Report on lock hospitals in British Burma
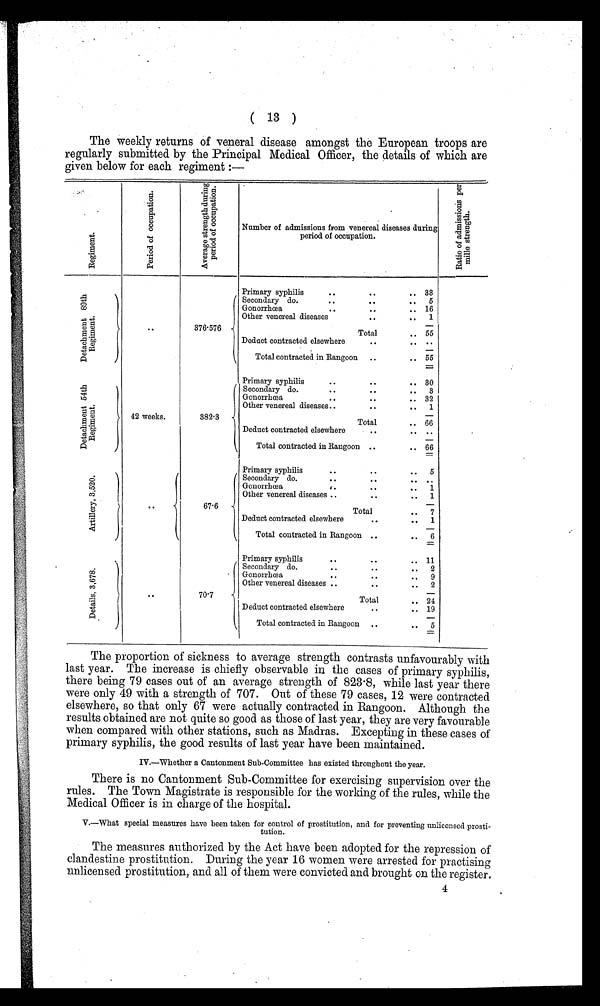
( 13 )
The weekly returns of veneral disease amongst the European troops are
regularly submitted by the Principal Medical Officer, the details of which are
given below for each regiment :—
R e g i m e n t .
P e r i o d o f o c c u p a t i o n .
A v e r a g e s t r e n g t h d u r i n g p e r i o d o f o c c u p a t i o n .
Number of admissions from venereal diseases during
period of occupation.
R a t i o o f a d m i s s i o n p e r m i l l e s t r e n g t h .
D e t a c h m e n t 8 9 t h R e g i m e n t .
. . 376.576
Primary syphilis
..
..
.. 33
Secondary do.
..
. .
. . 5
G o n o r r h o e a . . . . .
. . 16
Other venereal diseases
. .
.. 1
Total
. . 55
Deduct contracted elsewhere
..
. . . .
Total contracted in Rangoon ..
.. 55
D e t a c h m e n t 5 4 t h R e g i m e n t .
42 weeks.
382.3
Primary syphilis
..
. .
.. 30
Secondary do.
..
. .
.. 3
Gonorrhoea
..
..
.. 32
Other venereal diseases ..
..
..
1
Total
..
6 6
Deduct contracted elsewhere
. .
. . . .
Total contracted in Rangoon ..
.. 66
A r t i l l e r y , 3 , 5 2 0 .
. .
67.6
Primary syphilis
..
..
..
5
Secondary do.
..
. .
.. ..
Gonorrhea
..
.
..
1
Other venereal diseases ..
..
..
1
Total
..
7
Deduct contracted elsewhere
..
. .
1
Total contracted in Rangoon ..
. .
6
D e t a i l s , 3 , 6 7 8 .
. .
70.7
Primary syphilis
..
..
.. 11
Secondary do.
..
..
. .
2
Gonorrhea
.. . .
..
9
Other venereal diseases ..
. .
..
2
Total
.. 24
Deduct contracted elsewhere
..
.. 19
Total contracted in Rangoon
..
...
5
The proportion of sickness to average strength contrasts unfavourably with
last year. The increase is chiefly observable in the cases of primary syphilis,
there being 79 cases out of an average strength of 823.8, while last year there
were only 49 with a strength of 707. Out of these 79 cases, 12 were contracted
elsewhere, so that only 67 were actually contracted in Rangoon. Although the
results obtained are not quite so good as those of last year, they are very favourable
when compared with other stations, such as Madras. Excepting in these cases of
primary syphilis, the good results of last year have been maintained.
I V . — w h e t h e r a C a n t o n m e n t S u b - C o m m i t t e e h a s e x i s t e d t h r o u g h o u t t h e y e a r .
There is no Cantonment Sub-Committee for exercising supervision over the
rules. The Town Magistrate is responsible for the working of the rules, while the
Medical Officer is in charge of the hospital.
V.—What special measures have been taken for control of prostitution, and for preventing unlicensed prosti-
tution.
The measures authorized by the Act have been adopted for the repression of
clandestine prostitution. During the year 16 women were arrested for practising
unlicensed prostitution, and all of them were convicted and brought on the register.
4